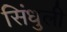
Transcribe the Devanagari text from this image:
सिंधुली